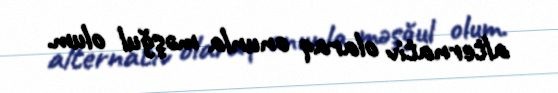
alternativ olaraq onunla məşğul olum.